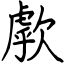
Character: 歑